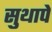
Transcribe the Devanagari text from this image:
सुथापे